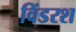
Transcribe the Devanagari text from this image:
विंडरश